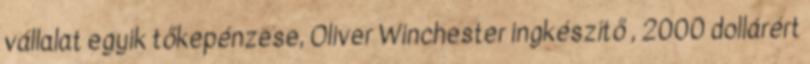
vállalat egyik tőkepénzese, Oliver Winchester ingkészítő , 2000 dollárért